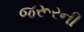
જરૂરની